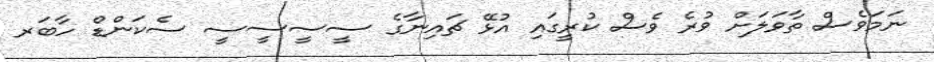
ނަމަވެސް ތާވަލަށް ވުރެ ވެސް ކުރީގައި އުޅޭ ޗައިނާގެ ސީސީސީސީ ސެކަންޑް ހާބަރ